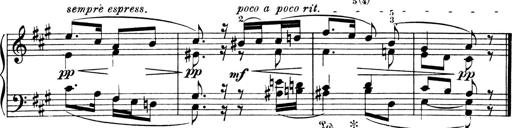
Title: 4 Sonatines
Composer: Max Reger